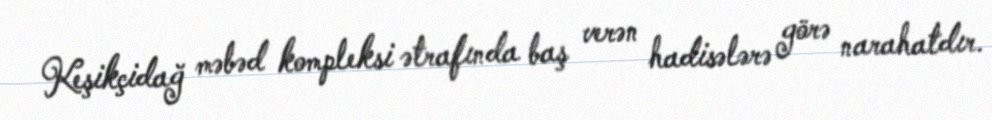
Keşikçidağ məbəd kompleksi ətrafında baş verən hadisələrə görə narahatdır.